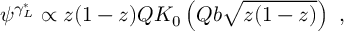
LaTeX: \psi ^ { \gamma _ { L } ^ { * } } \propto z ( 1 - z ) Q K _ { 0 } \left( Q b \sqrt { z ( 1 - z ) } \right) \ ,